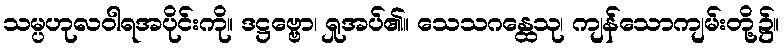
သမ္ပဟုလဝါရအပိုင်းကို။ ဒဋ္ဌဗ္ဗော၊ ရှုအပ်၏။ သေသဂန္ထေသု၊ ကျန်သောကျမ်းတို့၌။